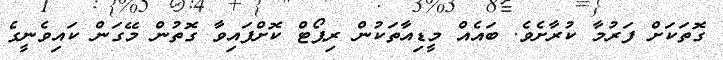
ގޮތަކަށް ފަރުމާ ކުރާށެވެ. ބައެއް މީޑިއާތަކުން ރިޕޯޓް ކޮށްފައިވާ ގޮތުން މޭގަން ކައިވެނީގެ